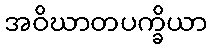
အဝိဃာတပက္ခိယာ